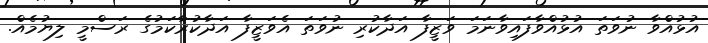
އުޅުއްވާ ނުވަތަ އުޅުއްވާފައިވާނަމަ ވަޒީފާ އަދާކުރި ނުވަތަ އެވަޒީފާ އަދާކުރާކަމުގެ ރަސްމީ ލިޔުމެއް.